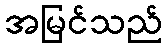
အမြင်သည်